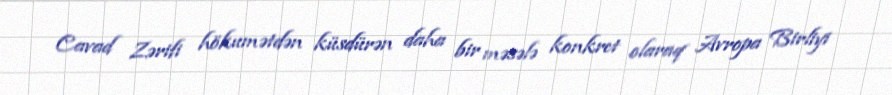
Cavad Zərifi hökumətdən küsdürən daha bir məsələ konkret olaraq Avropa Birliyi